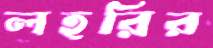
লহরির